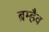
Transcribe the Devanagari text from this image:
ब्रम्हैव